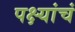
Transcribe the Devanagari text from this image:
पक्ष्यांचं